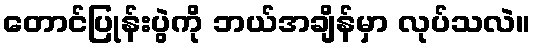
တောင်ပြုန်းပွဲကို ဘယ်အချိန်မှာ လုပ်သလဲ။